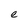
Character: e